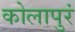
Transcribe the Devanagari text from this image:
कोलापुरं